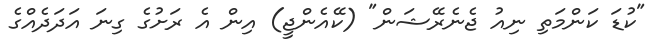
"ކުޑަ ކަންމަތި ނިއު ޖެނެރޭޝަން" (ކޭއެންޖީ) އިން އެ ރަށުގެ ގިނަ އަދަދެއްގެ